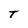
Character: T